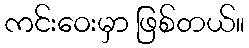
ကင်းဝေးမှာ ဖြစ်တယ်။